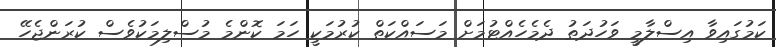
ކަމުގައިވާ އިސްލާމީ ވަހުދަތު ދެމެހެއްޓުމަށް މަސައްކަތް ކުރުމަކީ ހަމަ ކޮންމެ މުސްލިމަކުވެސް ކުރަންޖެހޭ